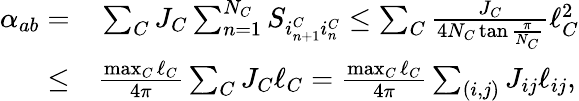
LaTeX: \begin{array}{rl}{\alpha_{ab}=}&{{}\sum_{C}J_{C}\sum_{n=1}^{N_{C}}S_{i_{n+1}^{C}i_{n}^{C}}\leq\sum_{C}\frac{J_{C}}{4N_{C}\tan\frac{\pi}{N_{C}}}\ell_{C}^{2}}\\ {\leq}&{{}\frac{\operatorname*{max}_{C}\ell_{C}}{4\pi}\sum_{C}J_{C}\ell_{C}=\frac{\operatorname*{max}_{C}\ell_{C}}{4\pi}\sum_{(i,j)}J_{ij}\ell_{ij},}\end{array}